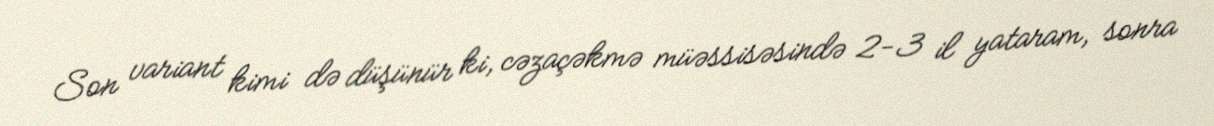
Son variant kimi də düşünür ki, cəzaçəkmə müəssisəsində 2-3 il yataram, sonra